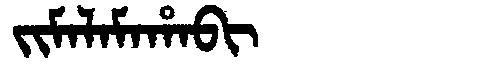
Manchu: ᠵᡳᠮᠠᠯᠠᠮᠠᡥᠠᠪᡳ
Romanization: JIMALAMAHABI